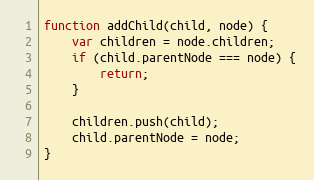
Language: JavaScript
function addChild(child, node) {
    var children = node.children;
    if (child.parentNode === node) {
        return;
    }

    children.push(child);
    child.parentNode = node;
}